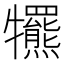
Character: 𤜑